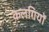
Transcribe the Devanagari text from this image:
कलगियों